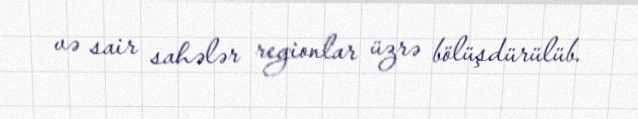
və sair sahələr regionlar üzrə bölüşdürülüb.